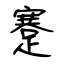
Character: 蹇